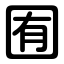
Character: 囿